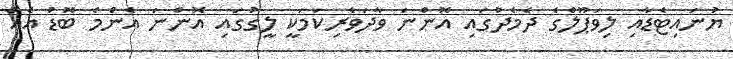
ޔުނައިޓެޑާއި ލިވަޕޫލްގެ ދެމެދުގައި އޮންނަ ވާދަވެރިކަމަކީ ލީގުގައި އޮންނަ އެންމެ ބޮޑު އެއް